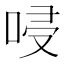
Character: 唚